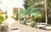
ફાઉલો